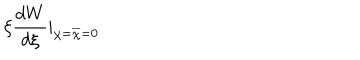
\xi \frac { d W } { d \xi } | _ { \chi = { \overline { { { \chi } } } } = 0 }